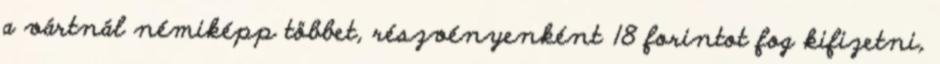
a vártnál némiképp többet, részvényenként 18 forintot fog kifizetni,